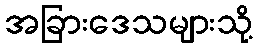
အခြားဒေသများသို့